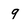
Character: 9